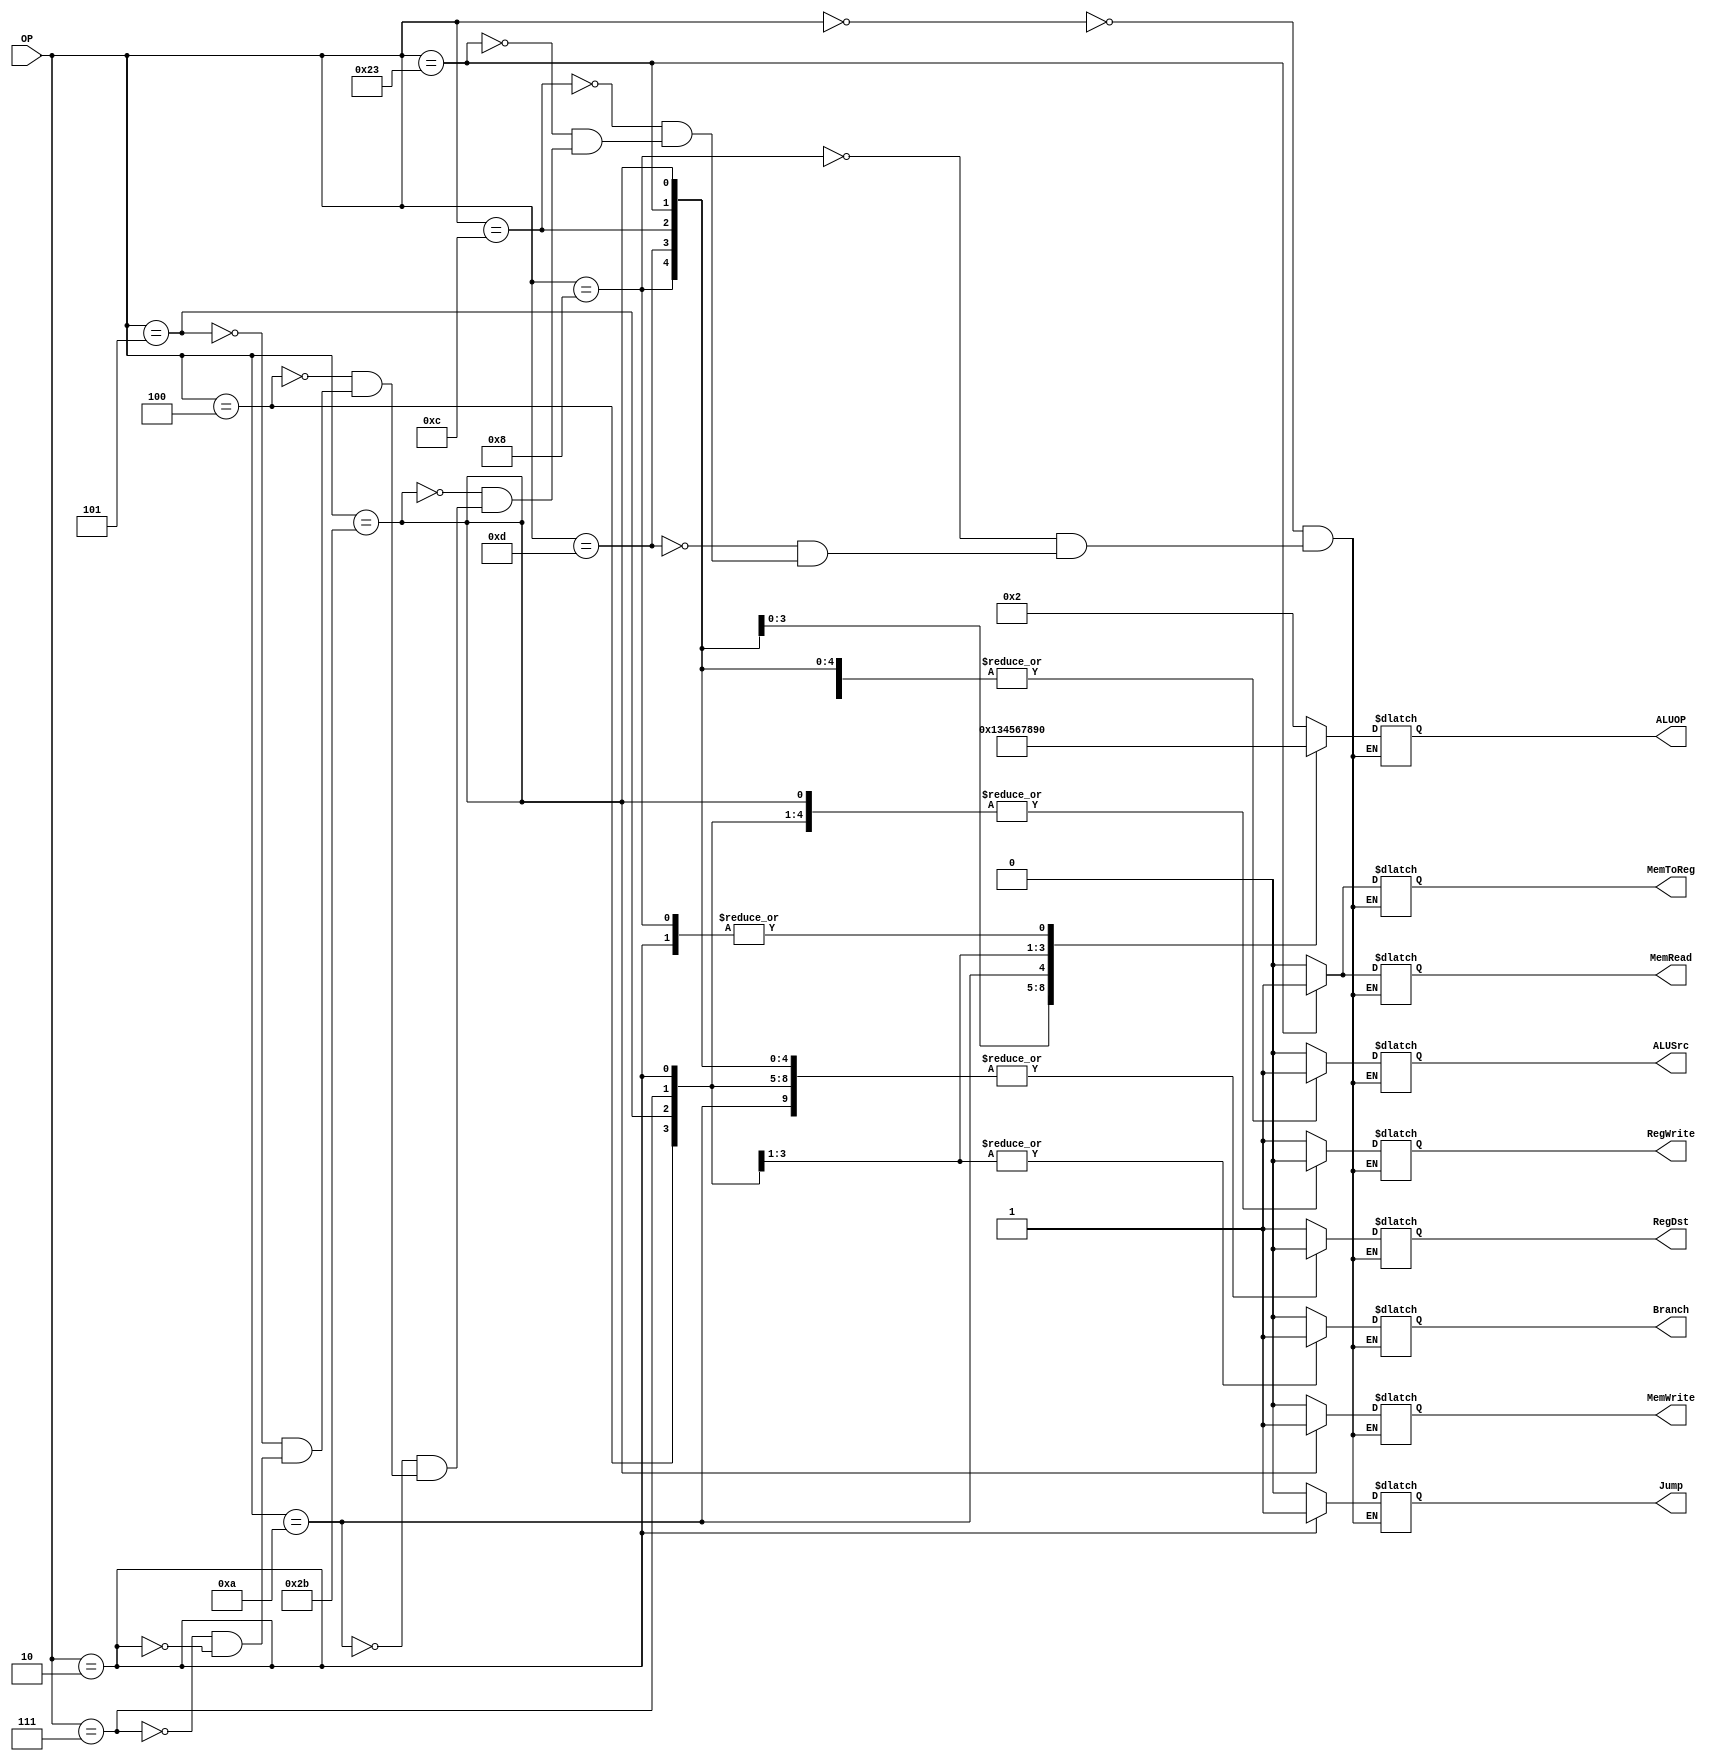
`timescale 1ns/1ns

module UnidadDeControl(
	input[5:0]OP,
	output reg RegDst,
	output reg Branch,
	output reg MemRead,
	output reg MemToReg,
	output reg[3:0]ALUOP,
	output reg MemWrite,
	output reg ALUSrc,
	output reg RegWrite,
	output reg Jump
);

always @*
begin
	case(OP)
	// instrucciones tipo R
		6'b000000: 
		begin 
		ALUOP = 4'b0010;
		MemToReg = 1'b0;
		MemWrite = 1'b0;
		MemRead = 1'b0;
		RegWrite = 1'b1;
		Branch = 1'b0;
		RegDst = 1'b1;
		ALUSrc = 1'b0;
		Jump = 1'b0;
		end
	// instrucciones tipo I
		6'b001000: // instruccion addi
		begin
		ALUOP = 4'b0000;	
		MemToReg = 1'b0;
		MemWrite = 1'b0;
		MemRead = 1'b0;
		RegWrite = 1'b1;
		Branch = 1'b0;
		RegDst = 1'b0;
		ALUSrc = 1'b1;
		Jump = 1'b0;
		end
		6'b001101: // instruccion ori
		begin
		ALUOP = 4'b0001;	
		MemToReg = 1'b0;
		MemWrite = 1'b0;
		MemRead = 1'b0;
		RegWrite = 1'b1;
		Branch = 1'b0;
		RegDst = 1'b0;
		ALUSrc = 1'b1;
		Jump = 1'b0;
		end
		6'b001100: // instruccion andi
		begin
		ALUOP = 4'b0011;	
		MemToReg = 1'b0;
		MemWrite = 1'b0;
		MemRead = 1'b0;
		RegWrite = 1'b1;
		Branch = 1'b0;
		RegDst = 1'b0;
		ALUSrc = 1'b1;
		Jump = 1'b0;
		end
		6'b100011: // instruccion lw
		begin
		ALUOP = 4'b0100;	
		MemToReg = 1'b1;
		MemWrite = 1'b0;
		MemRead = 1'b1;
		RegWrite = 1'b1;
		Branch = 1'b0;
		RegDst = 1'b0;
		ALUSrc = 1'b1;
		Jump = 1'b0;
		end
		6'b101011: // instruccion sw
		begin
		ALUOP = 4'b0101;	
		MemToReg = 1'b0;
		MemWrite = 1'b1;
		MemRead = 1'b0;
		RegWrite = 1'b0;
		Branch = 1'b0;
		RegDst = 1'b0;
		ALUSrc = 1'b1;
		Jump = 1'b0;
		end
		6'b001010: // instruccion slti
		begin
		ALUOP = 4'b0110;	
		MemToReg = 1'b0;
		MemWrite = 1'b0;
		MemRead = 1'b0;
		RegWrite = 1'b1;
		Branch = 1'b0;
		RegDst = 1'b0;
		ALUSrc = 1'b1;
		Jump = 1'b0;
		end
		6'b000100: // instruccion beq
		begin
		ALUOP = 4'b0111;	
		MemToReg = 1'b0;
		MemWrite = 1'b0;
		MemRead = 1'b0;
		RegWrite = 1'b0;
		Branch = 1'b1;
		RegDst = 1'b0;
		ALUSrc = 1'b0;
		Jump = 1'b0;
		end
		6'b000101: // instruccion bne
		begin
		ALUOP = 4'b1000;	
		MemToReg = 1'b0;
		MemWrite = 1'b0;
		MemRead = 1'b0;
		RegWrite = 1'b0;
		Branch = 1'b1;
		RegDst = 1'b0;
		ALUSrc = 1'b0;
		Jump = 1'b0;
		end
		6'b000111: // instruccion bgtz
		begin
		ALUOP = 4'b1001;	
		MemToReg = 1'b0;
		MemWrite = 1'b0;
		MemRead = 1'b0;
		RegWrite = 1'b0;
		Branch = 1'b1;
		RegDst = 1'b0;
		ALUSrc = 1'b0;
		Jump = 1'b0;
		end
		6'b000010: // instruccion tipo j
		begin
		ALUOP = 4'b0000;	
		MemToReg = 1'b0;
		MemWrite = 1'b0;
		MemRead = 1'b0;
		RegWrite = 1'b0;
		Branch = 1'b0;
		RegDst = 1'b0;
		ALUSrc = 1'b0;
		Jump = 1'b1;
		end
	endcase
end

endmodule